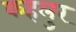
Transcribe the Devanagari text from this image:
कहलुर